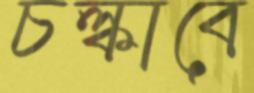
চল্‌কাবে